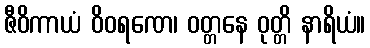
ဇီဝိကာယံ ဝိဝရဏေ၊ ဝတ္တနေ ဝုတ္တိ နာရိယံ။